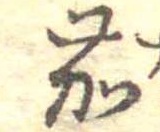
茄